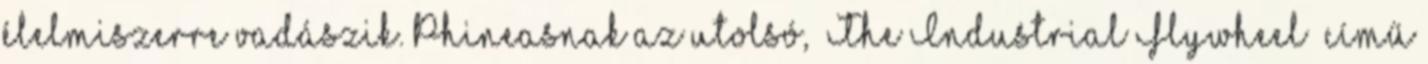
élelmiszerre vadászik. Phineasnak az utolsó, „The Industrial Flywheel” című